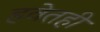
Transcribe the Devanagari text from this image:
हवेतही